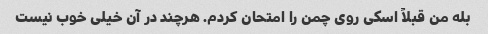
بله من قبلاً اسکی روی چمن را امتحان کردم. هرچند در آن خیلی خوب نیست